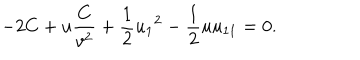
- 2 C + u \frac { C } { v ^ { 2 } } + \frac { 1 } { 2 } { u _ { 1 } } ^ { 2 } - \frac { 1 } { 2 } u u _ { 1 1 } = 0 .